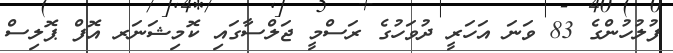
ފުލުހުންގެ 83 ވަނަ އަހަރީ ދުވަހުގެ ރަސްމީ ޖަލްސާގައި ކޮމިޝަނަރ އޮފް ޕޮލިސް